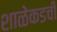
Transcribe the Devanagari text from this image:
शाळेकडची